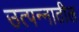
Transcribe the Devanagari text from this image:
उत्पन्‍नातील